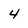
Character: 4